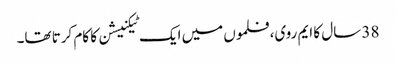
38 سال کا ایم روی، فلموں میں ایک ٹیکنیشن کا کام کرتا تھا۔